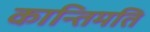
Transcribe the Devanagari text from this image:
कान्तिमति